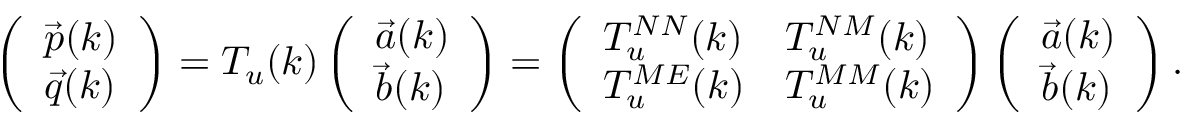
\begin{array} { r } { \left( \begin{array} { l } { \vec { p } ( k ) } \\ { \vec { q } ( k ) } \end{array} \right) = T _ { u } ( k ) \left( \begin{array} { l } { \vec { a } ( k ) } \\ { \vec { b } ( k ) } \end{array} \right) = \left( \begin{array} { l l } { T _ { u } ^ { N N } ( k ) } & { T _ { u } ^ { N M } ( k ) } \\ { T _ { u } ^ { M E } ( k ) } & { T _ { u } ^ { M M } ( k ) } \end{array} \right) \left( \begin{array} { l } { \vec { a } ( k ) } \\ { \vec { b } ( k ) } \end{array} \right) . } \end{array}